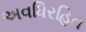
અવધિરહિત